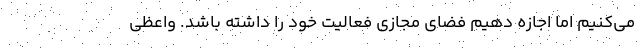
می‌کنیم اما اجازه دهیم فضای مجازی فعالیت خود را داشته باشد. واعظی